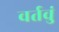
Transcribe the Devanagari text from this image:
वर्तवुं